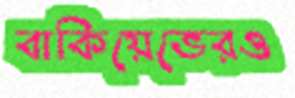
বাকিয়েভেরও